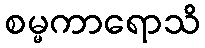
စမ္မကာရောသိ